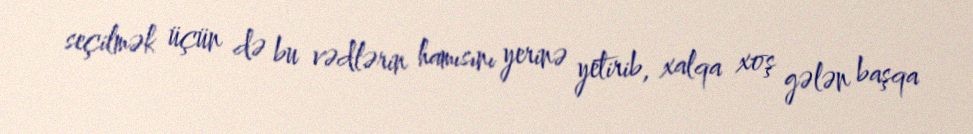
seçilmək üçün də bu vədlərin hamısını yerinə yetirib, xalqa xoş gələn başqa